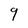
Character: 9